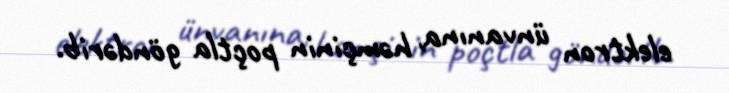
elektron ünvanına, həmçinin poçtla göndərib.